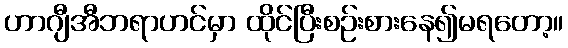
ဟာဂျီအီဘရာဟင်မှာ ထိုင်ပြီးစဉ်းစားနေ၍မရတော့။